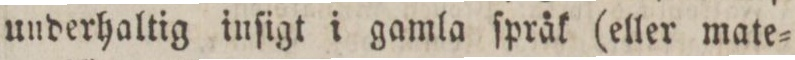
underhaltig inſigt i gamla ſpråk (eller mate=